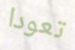
تعودا